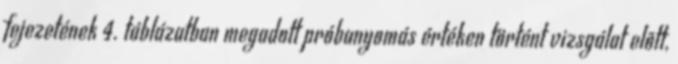
fejezetének 4. táblázatban megadott próbanyomás értéken történt vizsgálat elõtt,